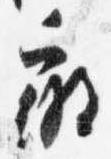
微